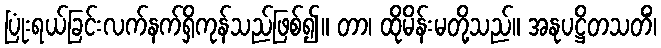
ပြုံးရယ်ခြင်းလက်နက်ရှိကုန်သည်ဖြစ်၍။ တာ၊ ထိုမိန်းမတို့သည်။ အနုပဋ္ဌိတသတိံ၊